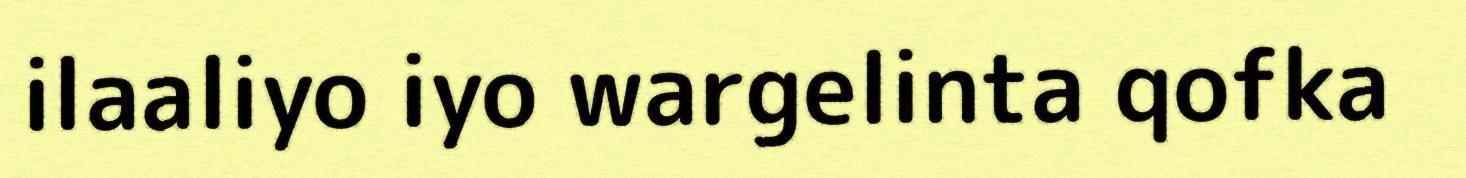
ilaaliyo iyo wargelinta qofka